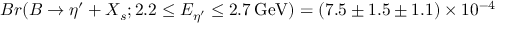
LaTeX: B r ( B \to \eta ^ { \prime } + X _ { s } ; 2 . 2 \le E _ { \eta ^ { \prime } } \le 2 . 7 \, \mathrm { G e V } ) = ( 7 . 5 \pm 1 . 5 \pm 1 . 1 ) \times 1 0 ^ { - 4 }